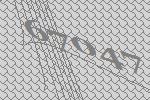
67047